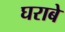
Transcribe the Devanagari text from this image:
घराबे